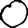
Digit: 0